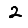
Digit: 2